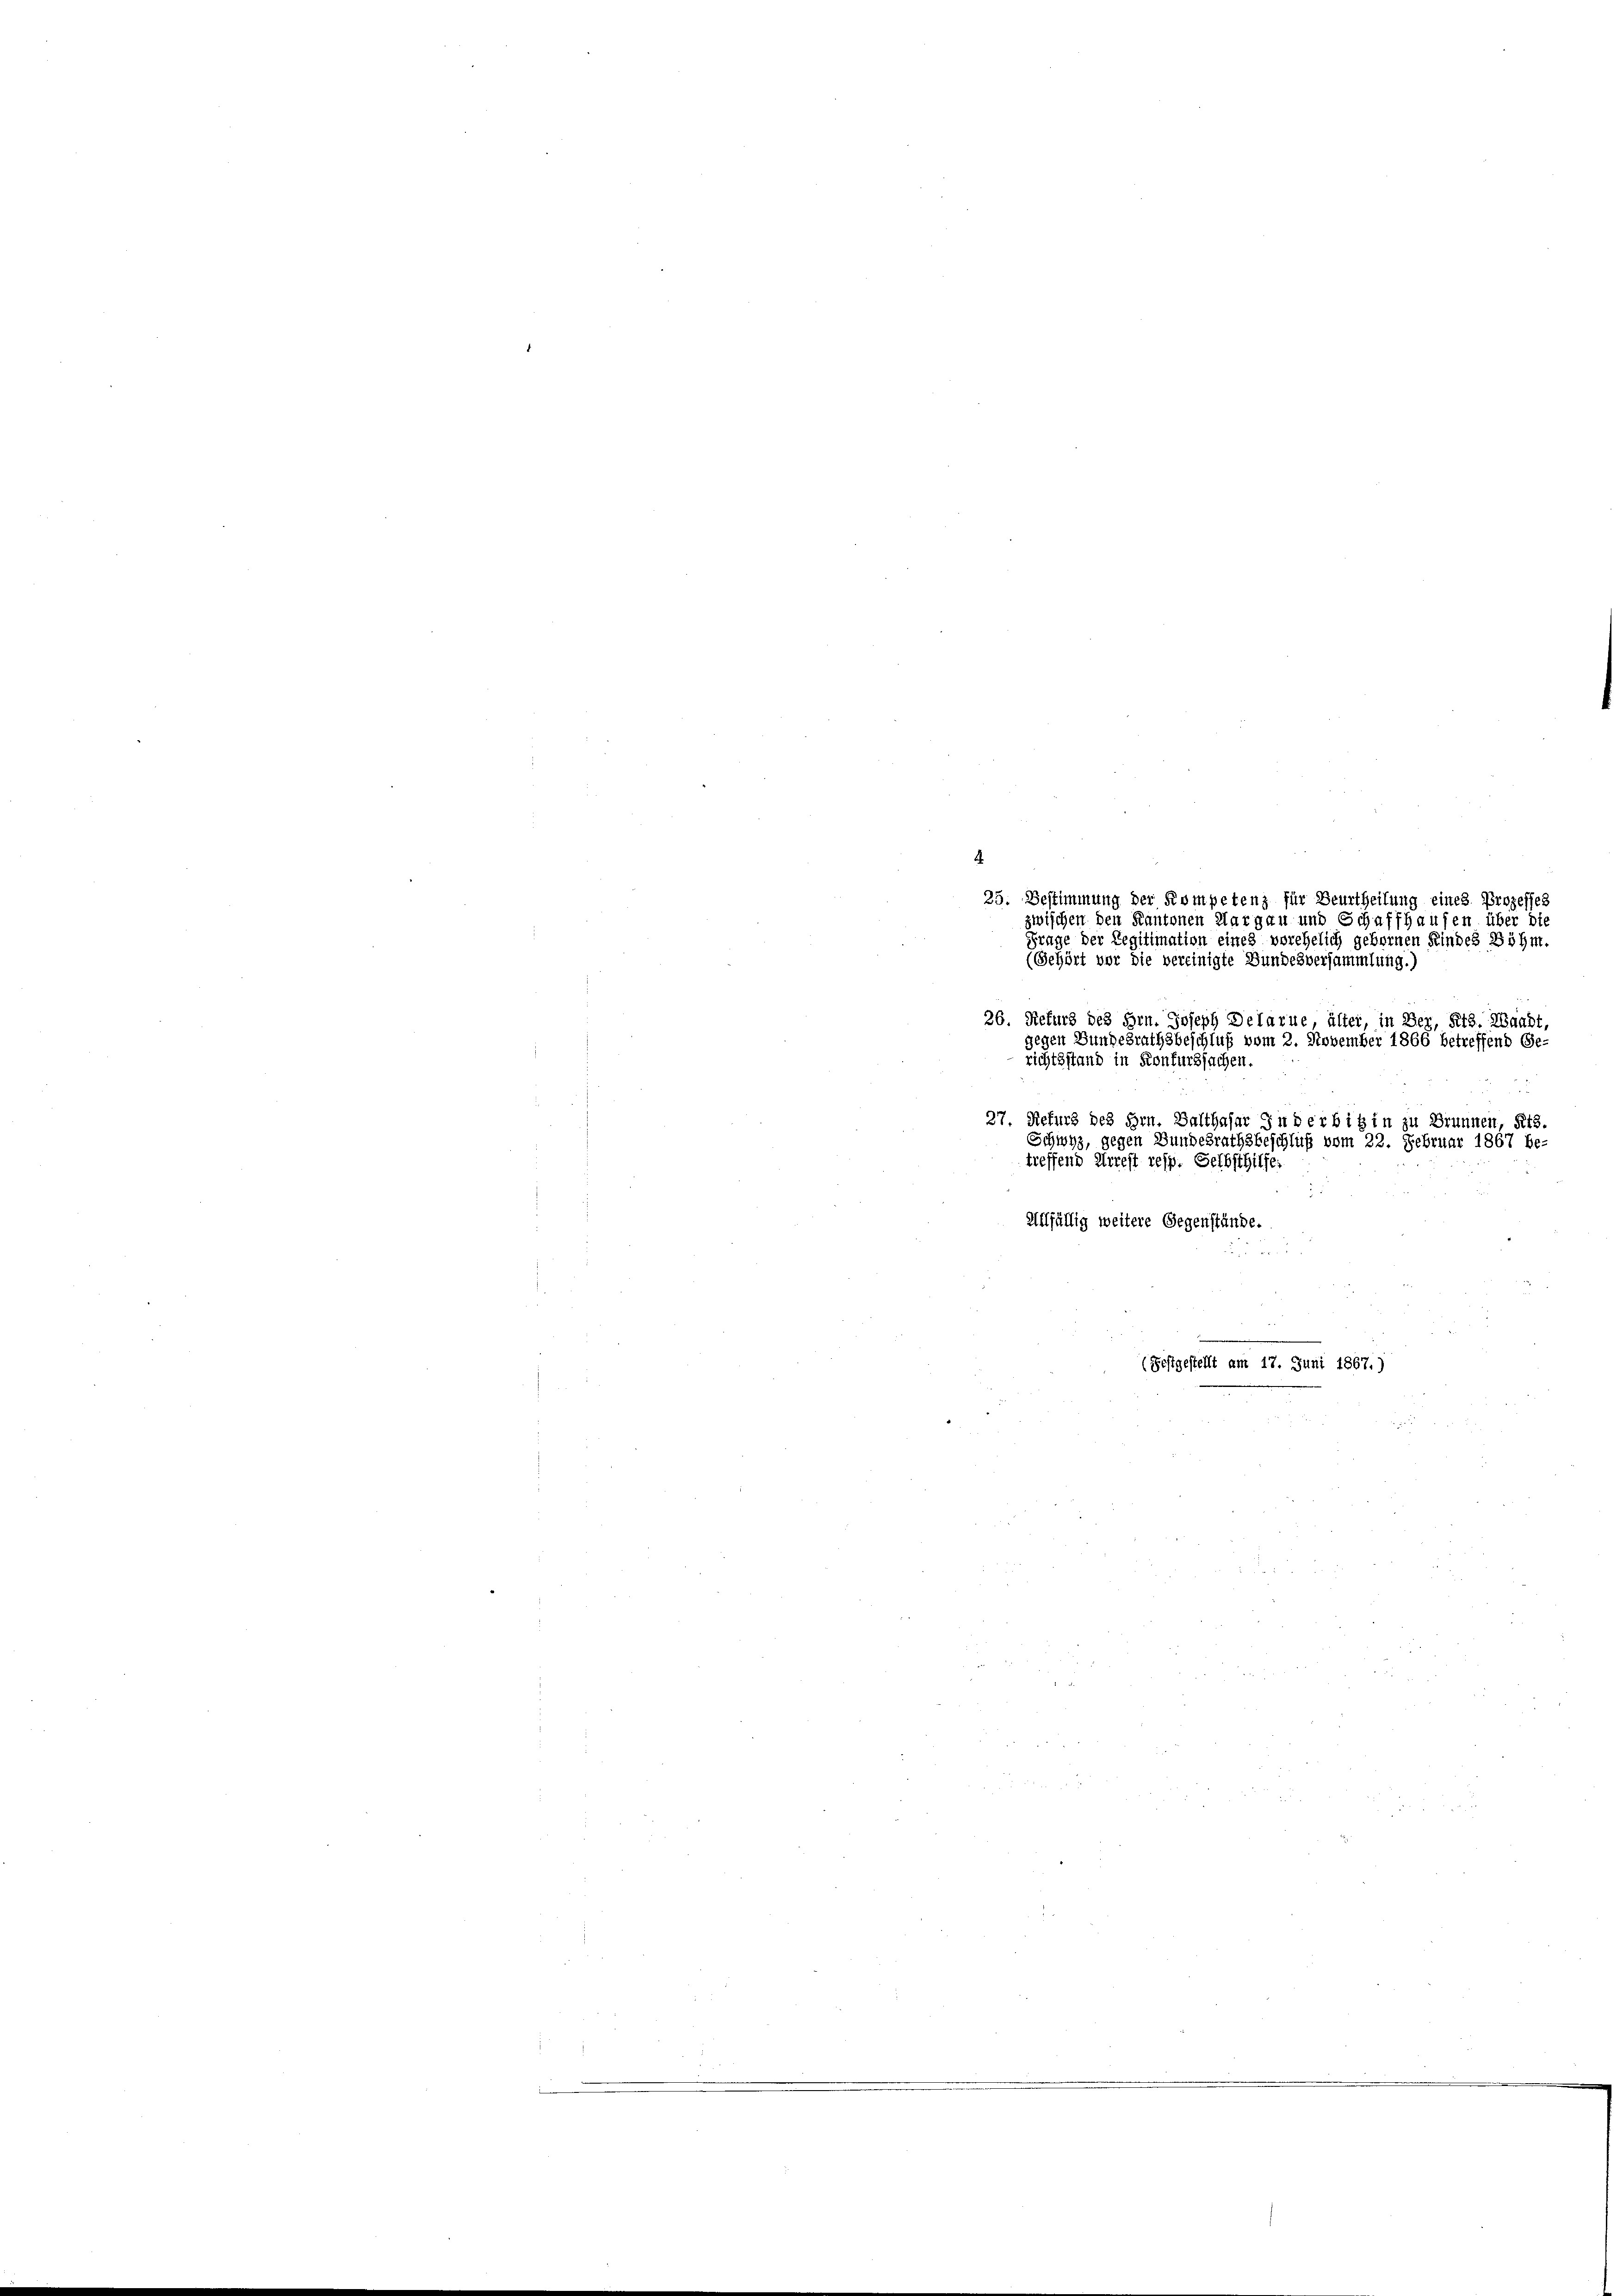
25. Bestimmung der Kompetenz für Beurtheilung eines Prozesses
zwischen den Kantonen Margau und Schaffhausen über die
Frage der Legitimation eines vorehelich gebornen Kindes Böhm.
(Gehört vor die vereinigte Bundesversammlung.)
richtsstand in Konfurssachen.
27. Refurs des Hrn. Balthasar in der bis in zu Brunnen, Kts
Schwyz, gegen Bundesrathsbeschluß vom 22. Februar 1867 be-
treffend Arrest resp. Selbsthilfe.
Allfällig weitere Gegenstände.
3
(Festgestellt am 17. Juni 1867.)

.

26. Refurg des Hrn. Joseph Delarue, älter, in Ber, Kts. Waadt,
gegen Bundesrathsbeschluß vom 2. November 1866 betreffend Ge-